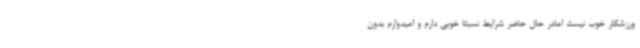
ورزشکار خوب نیست امادر حال حاضر شرایط نسبتا خوبی دارم و امیدوارم بدون